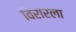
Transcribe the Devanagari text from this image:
विरारला